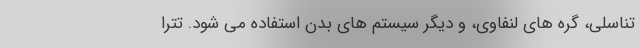
تناسلی، گره های لنفاوی، و دیگر سیستم های بدن استفاده می شود. تترا